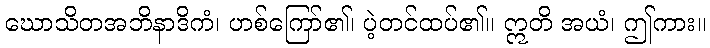
ဃောသိတအဘိနာဒိကံ၊ ဟစ်ကြော်၏၊ ပဲ့တင်ထပ်၏။ ဣတိ အယံ၊ ဤကား။